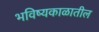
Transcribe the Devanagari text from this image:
भविष्यकाळातील